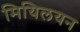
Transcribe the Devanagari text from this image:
मियिलयन